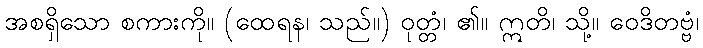
အစရှိသော စကားကို။ (ထေရန၊ သည်။) ဝုတ္တံ၊ ၏။ ဣတိ၊ သို့။ ဝေဒိတဗ္ဗံ၊